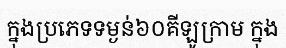
ក្នុងប្រភេទទម្ងន់៦០គីឡូក្រាម ក្នុង